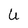
Character: U